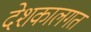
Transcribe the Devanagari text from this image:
देशकालगत